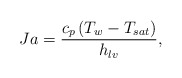
\begin{align*}Ja = \frac{{{c_p}\left( {{T_w} - {T_{sat}}} \right)}}{{{h_{lv}}}},\end{align*}